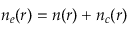
n _ { e } ( r ) = n ( r ) + n _ { c } ( r )